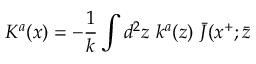
K ^ { a } ( x ) = - { \frac { 1 } { k } } \int d ^ { 2 } z \, \, k ^ { a } ( z ) \, \, \bar { J } ( x ^ { + } ; \bar { z }